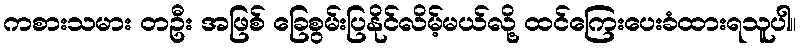
ကစားသမား တဦး အဖြစ် ခြေစွမ်းပြနိုင်လိမ့်မယ်လို့ ထင်ကြေးပေးခံထားရသူပါ။